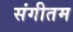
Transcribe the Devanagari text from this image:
संगीतम